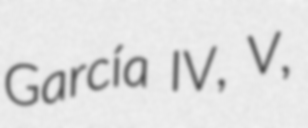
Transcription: García IV, V,